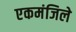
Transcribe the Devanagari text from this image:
एकमंजिले